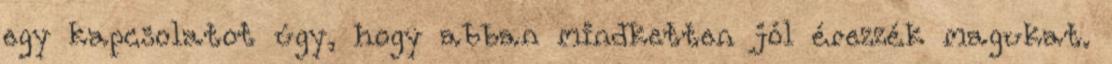
egy kapcsolatot úgy, hogy abban mindketten jól érezzék magukat.